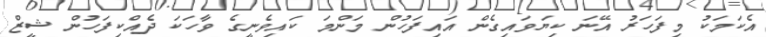
އެކަމަކު މިފަހަރު އޭނަ ކިޔަވައިގެން އައިފަހުން މަންމަ ކައިވެނީގެ ވާހަކަ ދެއްކިފަހުން ޝީޒް